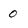
Character: 0